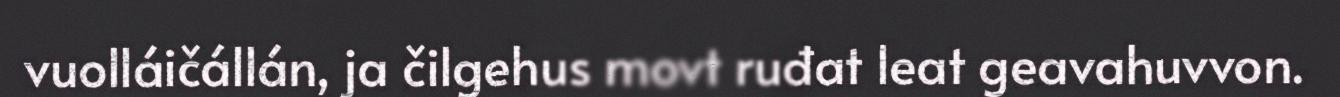
vuolláičállán, ja čilgehus movt ruđat leat geavahuvvon.